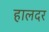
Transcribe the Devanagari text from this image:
हालदर